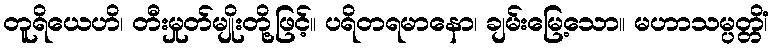
တူရိယေဟိ၊ တီးမှုတ်မျိုးတို့ဖြင့်။ ပရိတရမာနော၊ ချမ်းမြေ့သော။ မဟာသမ္ပတ္တိံ၊